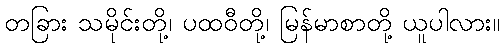
တခြား သမိုင်းတို့၊ ပထဝီတို့၊ မြန်မာစာတို့ ယူပါလား။